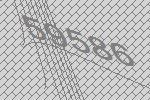
59586